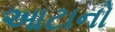
આટાનો